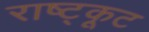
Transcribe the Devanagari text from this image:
राष्ट्कूट